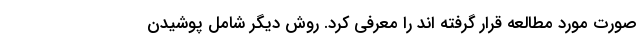
صورت مورد مطالعه قرار گرفته اند را معرفی کرد. روش دیگر شامل پوشیدن